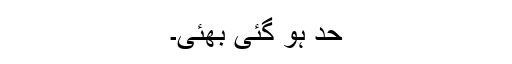
حد ہو گئی بھئی۔